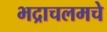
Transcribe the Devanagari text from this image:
भद्राचलमचे